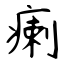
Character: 瘌